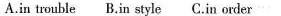
A.in trouble B.in style C.in order